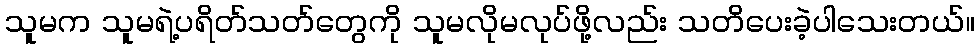
သူမက သူမရဲ့ပရိတ်သတ်တွေကို သူမလိုမလုပ်ဖို့လည်း သတိပေးခဲ့ပါသေးတယ်။